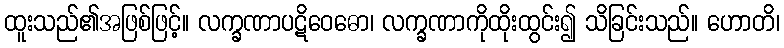
ထူးသည်၏အဖြစ်ဖြင့်။ လက္ခဏာပဋိဝေဓော၊ လက္ခဏာကိုထိုးထွင်း၍ သိခြင်းသည်။ ဟောတိ၊